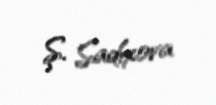
Ş. Sadıxova